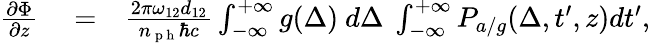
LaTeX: \begin{array}{rlr}{\frac{\partial\Phi}{\partial z}}&{{}=}&{\frac{2\pi\omega_{12}d_{12}}{n_{\mathrm{~p~h~}}\hbar c}\int_{-\infty}^{+\infty}g(\Delta)\ d\Delta\ \int_{-\infty}^{+\infty}P_{a/g}(\Delta,t^{\prime},z)dt^{\prime},}\end{array}